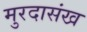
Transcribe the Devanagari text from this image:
मुरदासंख